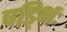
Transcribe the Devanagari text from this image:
षड्भिः